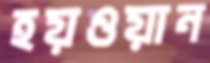
হয়ওয়ান